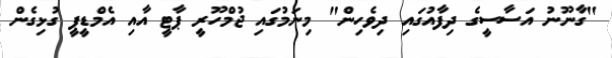
"ގާނޫނު އަސާސީގެ ދިފާއުގައި ދިވެހިން" މިނަމުގައި ޖުމްހޫރީ ޕާޓީ އާއި އެމްޑީޕީ ގުޅިގެން